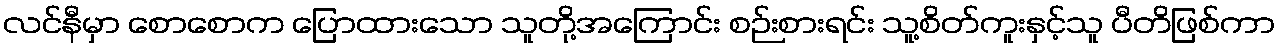
လင်နီမှာ စောစောက ပြောထားသော သူတို့အကြောင်း စဉ်းစားရင်း သူ့စိတ်ကူးနှင့်သူ ပီတိဖြစ်ကာ